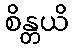
စိန္တယိ